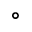
^ { \circ }